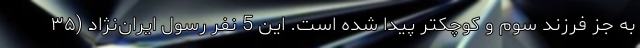
به جز فرزند سوم و کوچکتر پیدا شده است. این 5 نفر رسول ایران‌نژاد (۳۵